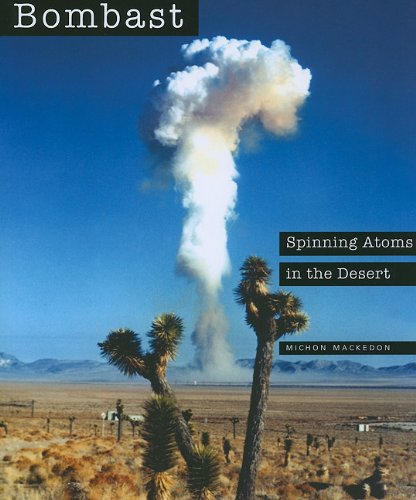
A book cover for Bombast: Spinning Atoms in the Desert; Michon Mackedon; Crafts, Hobbies & Home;